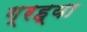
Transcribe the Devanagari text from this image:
ग्रह्या